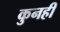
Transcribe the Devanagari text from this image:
कुनही